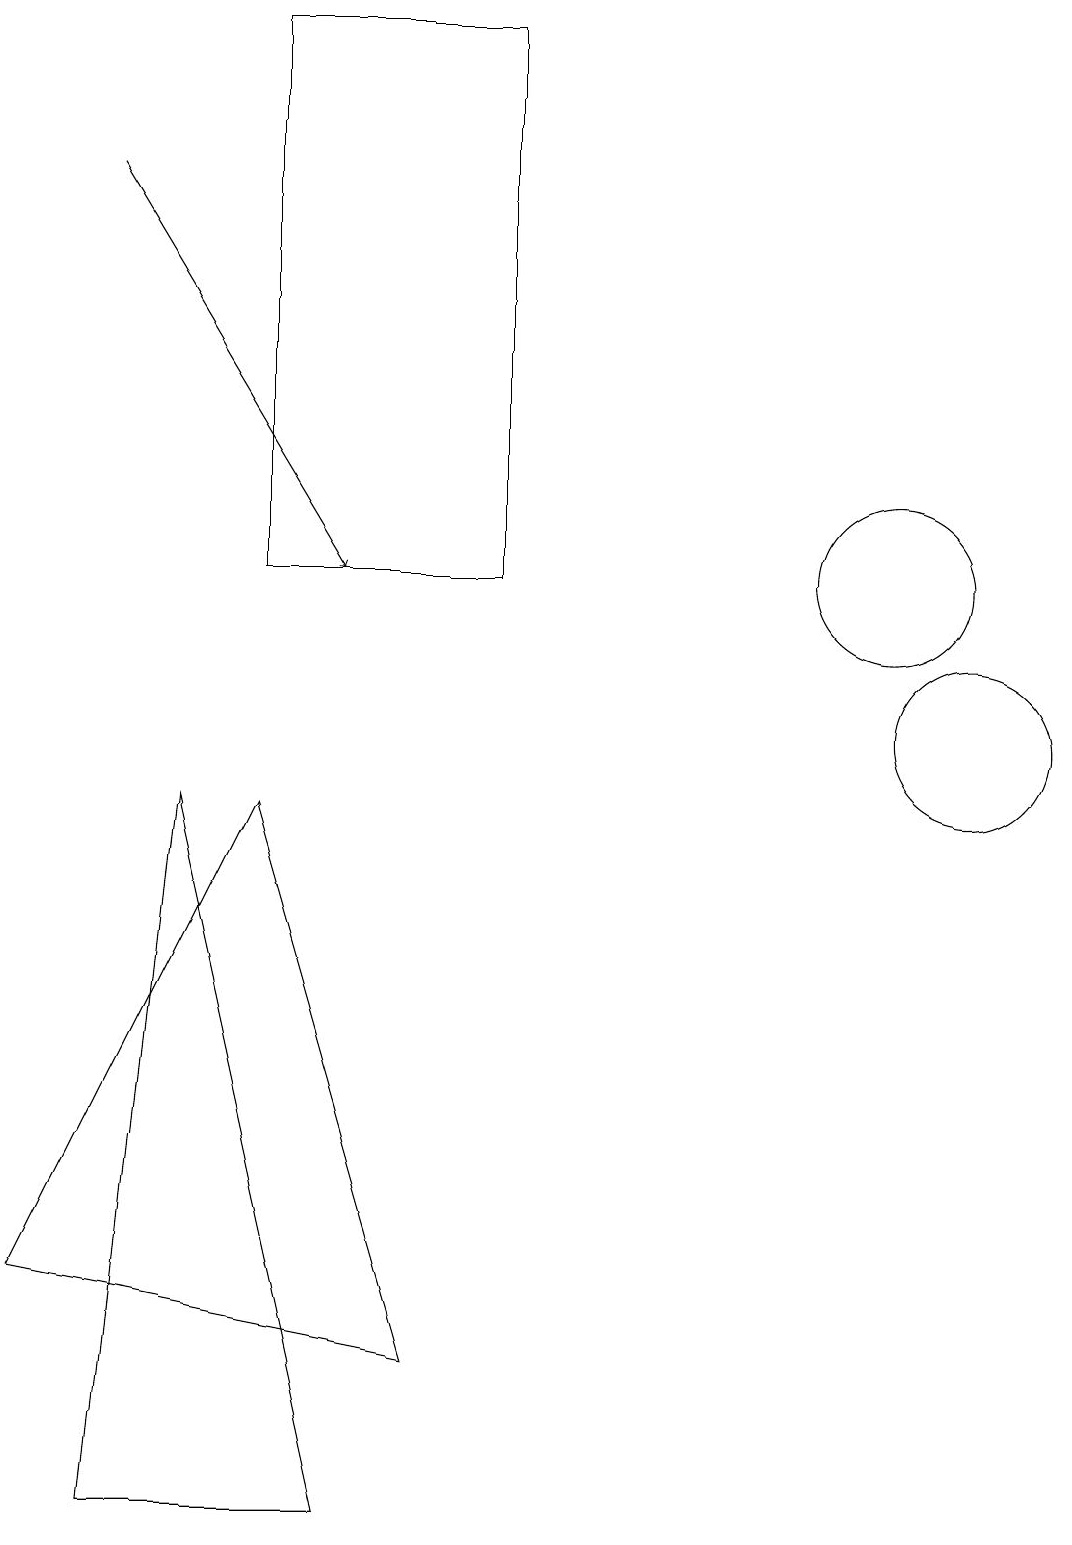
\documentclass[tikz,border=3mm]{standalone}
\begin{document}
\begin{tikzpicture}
\draw[->] (1,17) -- (4,12);
\draw (6,19) rectangle (3,12);
\draw (5,2) -- (3,9) -- (0,3) -- cycle;
\draw (4,0) -- (2,9) -- (1,0) -- cycle;
\draw (12,10) circle (1);
\draw (11,12) circle (1);
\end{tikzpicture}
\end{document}